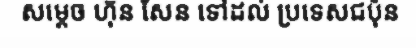
សម្តេច ហ៊ុន សែន ទៅដល់ ប្រទេសជប៉ុន